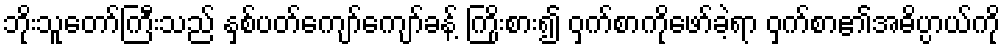
ဘိုးသူတော်ကြီးသည် နှစ်ပတ်ကျော်ကျော်ခန့် ကြိုးစား၍ ဝှက်စာကိုဖော်ခဲ့ရာ ဝှက်စာ၏အဓိပ္ပာယ်ကို